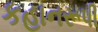
કહાનરૂપી